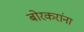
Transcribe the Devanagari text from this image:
बोरकरांना